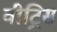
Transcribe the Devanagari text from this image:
वीट्रिस